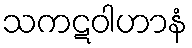
သကဋဝါဟာနံ